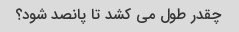
چقدر طول می کشد تا پانصد شود؟